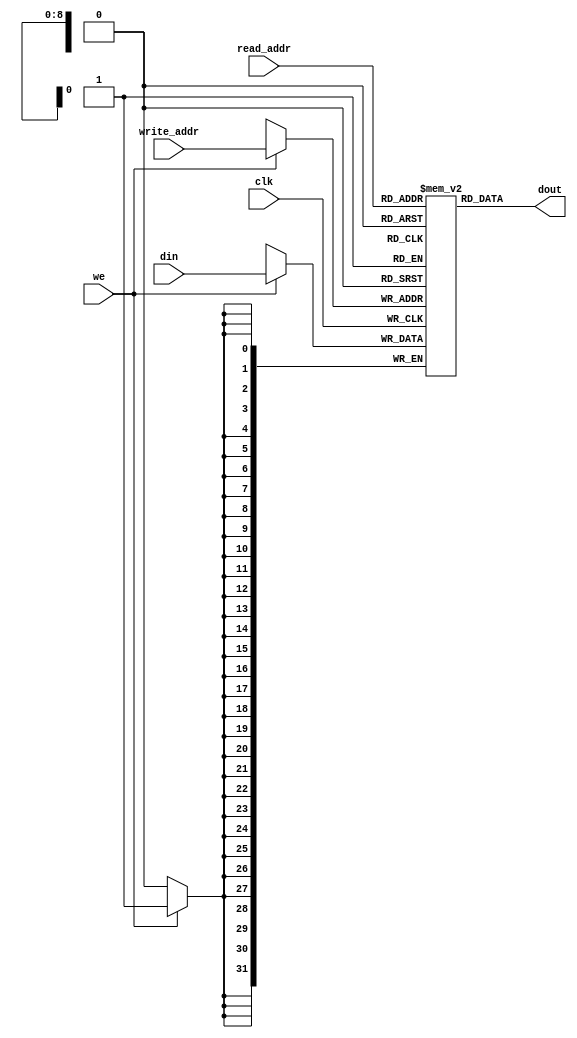
module ram_simple_dp_async_read_512x32 (clk, we, read_addr, write_addr, din, dout);
    input clk, we;
    input [8:0] read_addr, write_addr;
    input [31:0] din;
    output [31:0] dout;
    
    reg [31:0] ram [511:0];

    always @(posedge clk)
    begin
        if (we)
            ram[write_addr] <= din;
    end

    assign dout = ram[read_addr];

endmodule